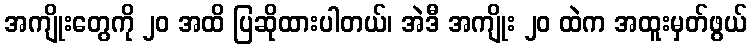
အကျိုးတွေကို ၂၀ အထိ ပြဆိုထားပါတယ်၊ အဲဒီ အကျိုး ၂၀ ထဲက အထူးမှတ်ဖွယ်